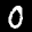
Label: 0